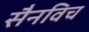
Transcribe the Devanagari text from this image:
सैनविच